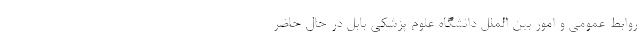
روابط‌ عمومی و امور بین ‌الملل دانشگاه علوم پزشکی بابل در حال حاضر